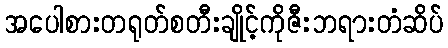
အပေါစားတရုတ်စတီးချိုင့်ကိုဇီးဘရားတံဆိပ်